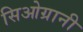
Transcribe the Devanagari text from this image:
सिओग्रानी